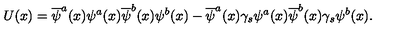
U ( x ) = \overline { \psi } ^ { a } ( x ) \psi ^ { a } ( x ) \overline { \psi } ^ { b } ( x ) \psi ^ { b } ( x ) - \overline { \psi } ^ { a } ( x ) \gamma _ { s } \psi ^ { a } ( x ) \overline { \psi } ^ { b } ( x ) \gamma _ { s } \psi ^ { b } ( x ) .